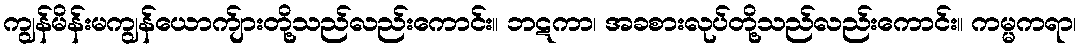
ကျွန်မိန်းမကျွန်ယောက်ျားတို့သည်လည်းကောင်း။ ဘဋကာ၊ အခစားလုပ်တို့သည်လည်းကောင်း။ ကမ္မကရာ၊